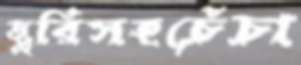
ছুরিসহচেঁচা